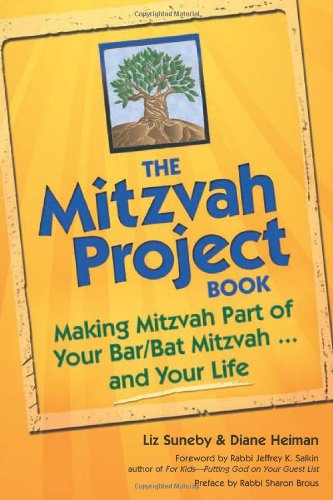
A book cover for The Mitzvah Project Book: Making Mitzvah Part of Your Bar/Bat Mitzvah ... and Your Life; Diane Heiman; Children's Books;